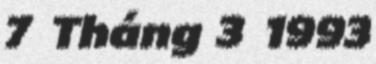
7 Tháng 3 1993